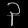
Digit: ၃